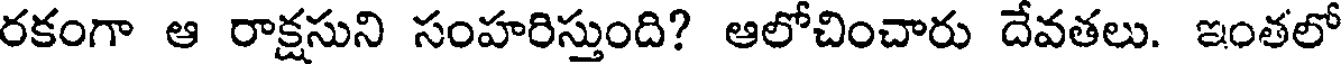
రకంగా ఆ రాక్షసుని సంహరిస్తుంది? ఆలోచించారు దేవతలు. ఇంతలో